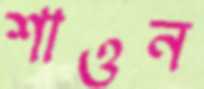
শাওন